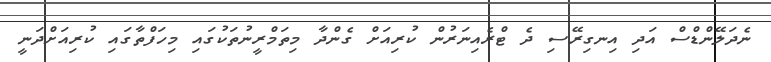
ނެދަލޭންޑްސް އަދި އިނގިރޭސި ދެ ޓްރެއިނަރުން ކުރިއަށް ގެންދާ މިތަމްރީނުތަކުގައި މިހަފްތާގައި ކުރިއަށްދަނީ